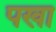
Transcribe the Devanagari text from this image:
पखा